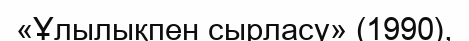
«Ұлылықпен сырласу» (1990),